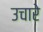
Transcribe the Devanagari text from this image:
उचारे